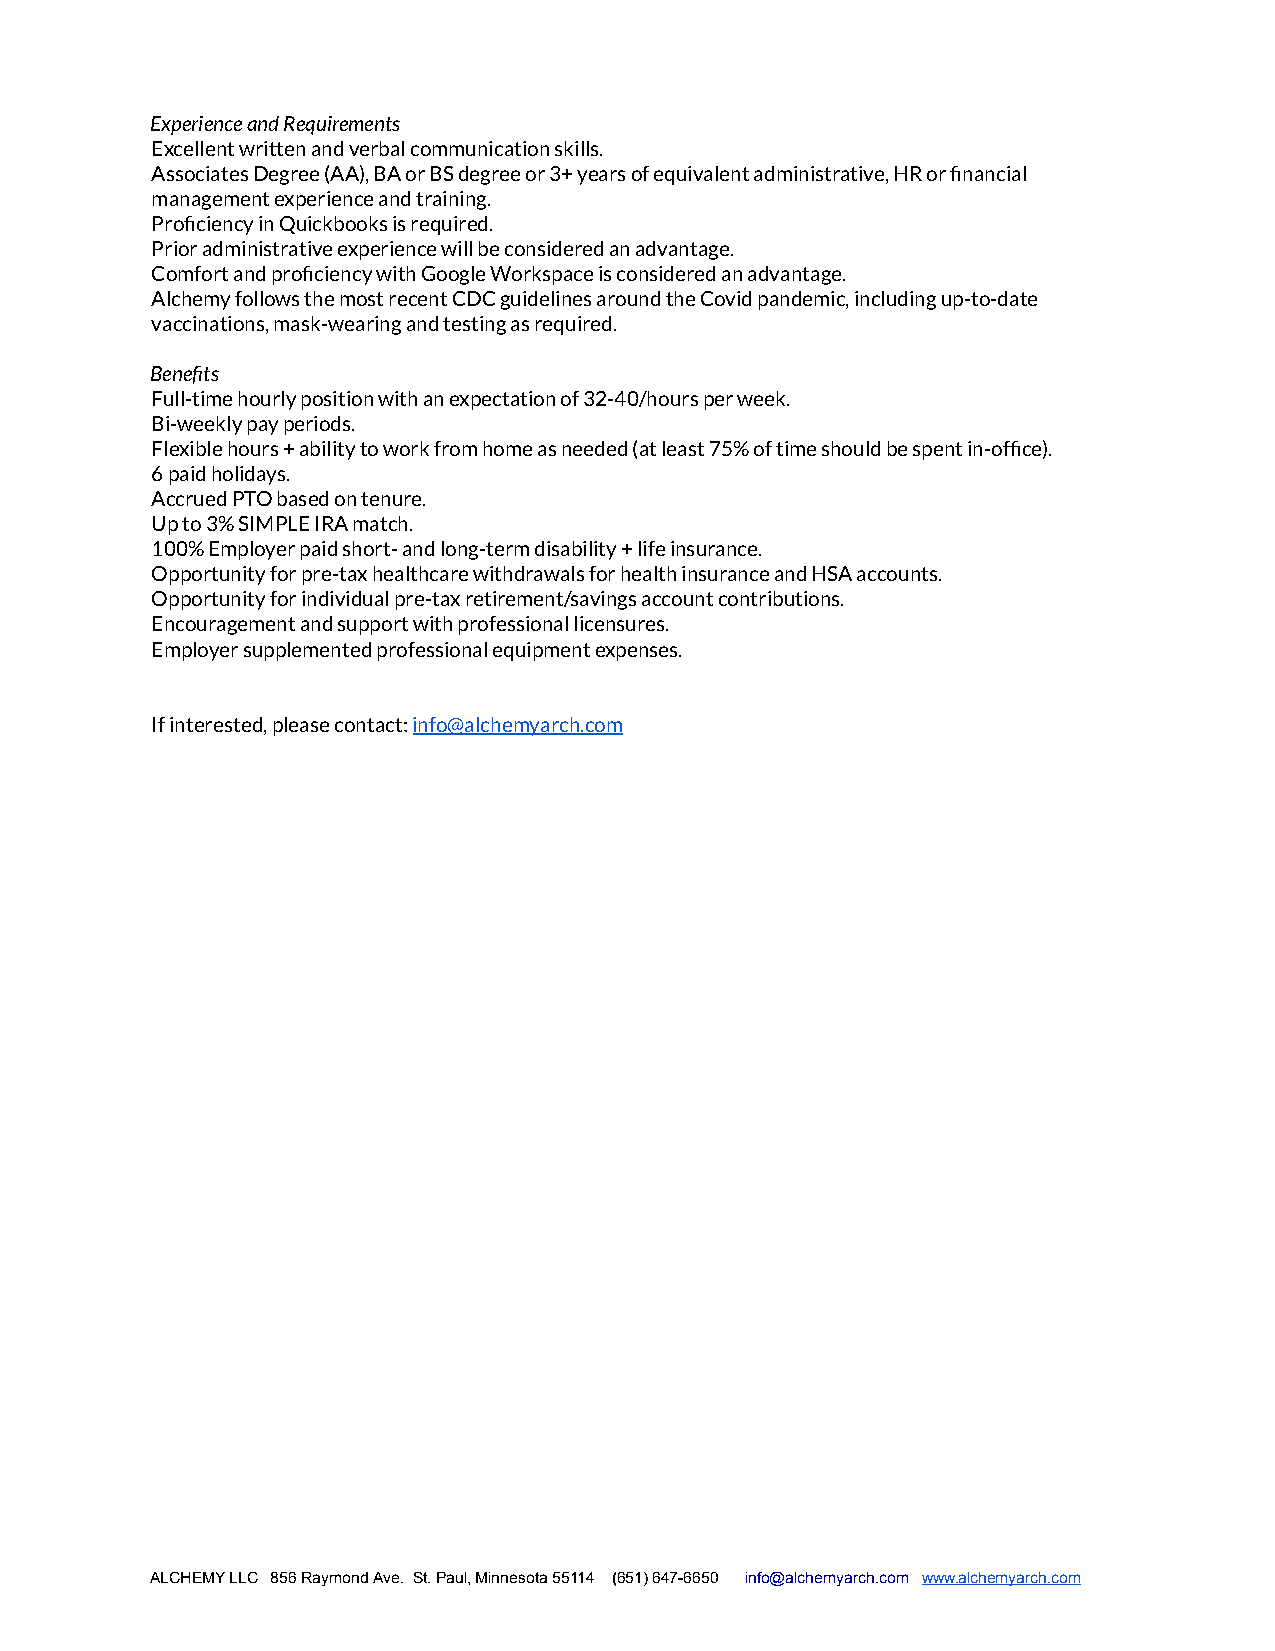
Experience and Requirements
 Excellent written and verbal communication skills.
 Associates Degree (AA), BA or BS degree or 3+ years of equivalent administrative, HR or financial
 management experience and training.
 Proficiency in Quickbooks is required.
 Prior administrative experience will be considered an advantage.
 Comfort and proficiency with Google Workspace is considered an advantage.
 Alchemy follows the most recent CDC guidelines around the Covid pandemic, including up-to-date
 vaccinations, mask-wearing and testing as required.
 Benefits
 Full-time hourly position with an expectation of 32-40/hours per week.
 Bi-weekly pay periods.
 Flexible hours + ability to work from home as needed (at least 75% of time should be spent in-office).
 6 paid holidays.
 Accrued PTO based on tenure.
 Up to 3% SIMPLE IRA match.
 100% Employer paid short- and long-term disability + life insurance.
 Opportunity for pre-tax healthcare withdrawals for health insurance and HSA accounts.
 Opportunity for individual pre-tax retirement/savings account contributions.
 Encouragement and support with professional licensures.
 Employer supplemented professional equipment expenses.
 If interested, please contact: info@alchemyarch.com
 ALCHEMY LLC 856 Raymond Ave. St. Paul, Minnesota 55114 ( 651) 647-6650 info@alchemyarch.com www.alchemyarch.com